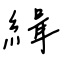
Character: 緝